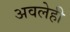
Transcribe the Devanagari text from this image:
अवलेही